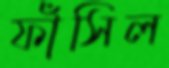
ফাঁসিল